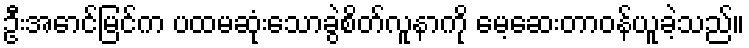
ဦးအောင်မြင်က ပထမဆုံးသောခွဲစိတ်လူနာကို မေ့ဆေးတာဝန်ယူခဲ့သည်။